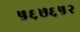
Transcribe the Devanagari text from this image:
५६७६५२